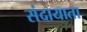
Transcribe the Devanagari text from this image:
संदायाता